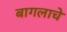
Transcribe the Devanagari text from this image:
बागलाचे